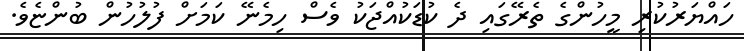
ހައްޔަރުކުރި މީހުންގެ ތެރޭގައި ދެ ކުޑަކުއްޖަކު ވެސް ހިމެނޭ ކަމަށް ފުލުހުން ބުންޏެވެ.